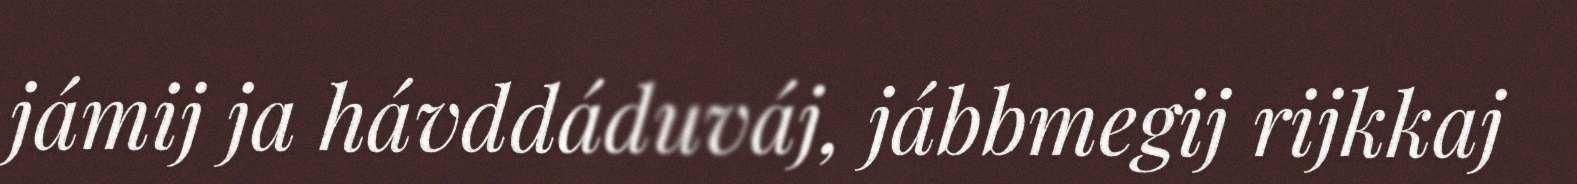
jámij ja hávddáduváj, jábbmegij rijkkaj